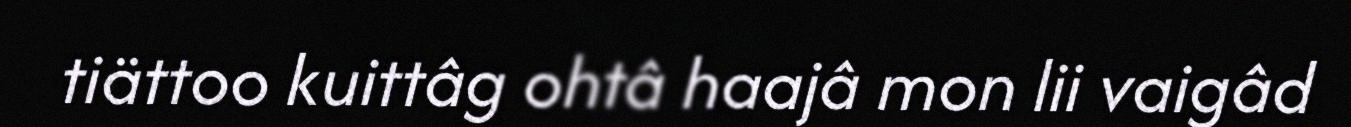
tiättoo kuittâg ohtâ haajâ mon lii vaigâd